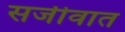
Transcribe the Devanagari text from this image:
सजीवात